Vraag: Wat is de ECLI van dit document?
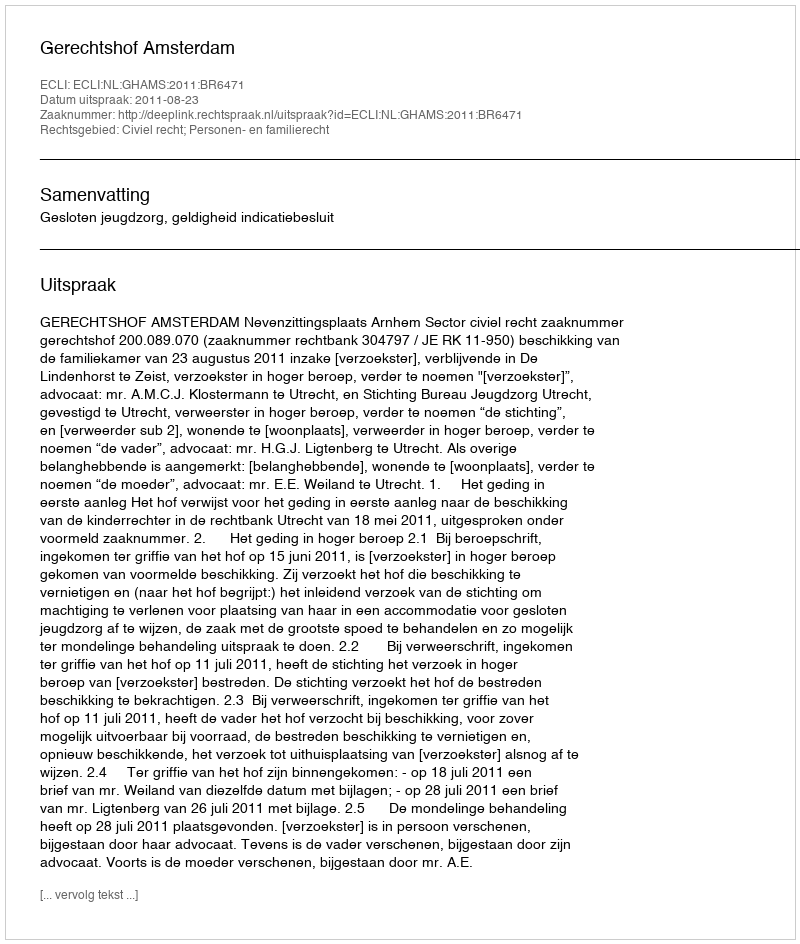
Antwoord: ECLI:NL:GHAMS:2011:BR6471